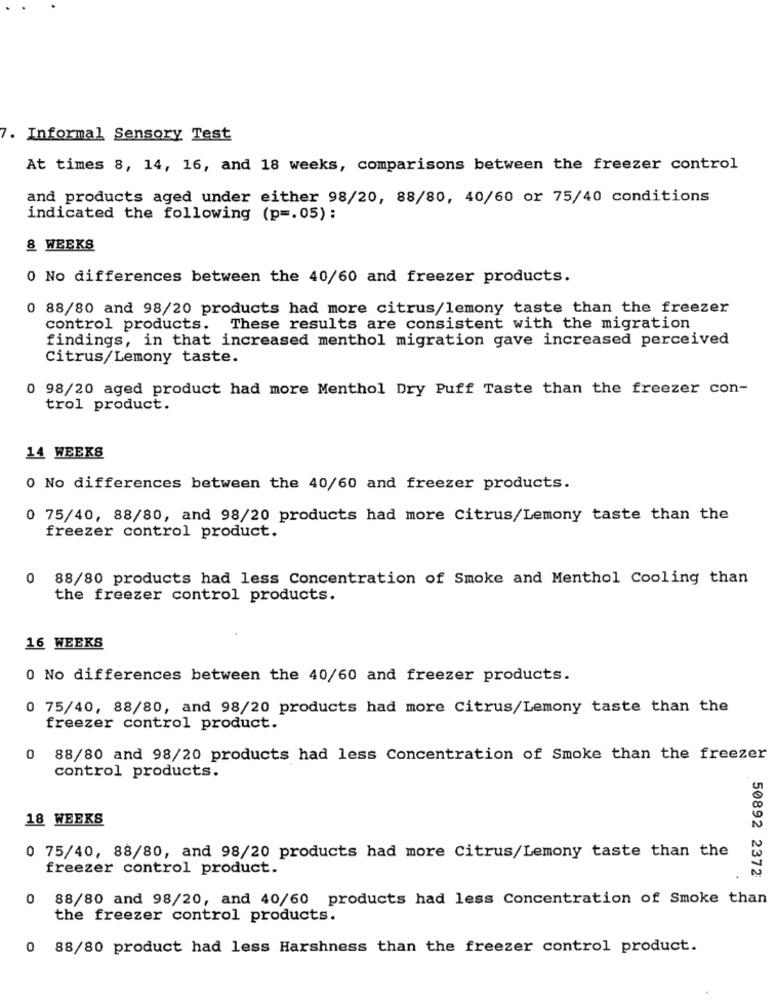
. Informal Sensory Test
At times 8, 14, 16, and 18 weeks, comparisons between the freezer control
and products aged under either 98/20, 88/80, 40/60 or 75/40 conditions
indicated the following (p =. 05):
8 WEEKS
0 No differences between the 40/60 and freezer products.
0 88/80 and 98/20 products had more citrus/lemony taste than the freezer
control products. These results are consistent with the migration
findings, in that increased menthol migration gave increased perceived
Citrus/Lemony taste.
0 98/20 aged product had more Menthol Dry Puff Taste than the freezer con-
trol product.
14 WEEKS
0 No differences between the 40/60 and freezer products.
0 75/40, 88/80, and 98/20 products had more Citrus/Lemony taste than the
freezer control product.
0 88/80 products had less Concentration of Smoke and Menthol Cooling than
the freezer control products.
16 WEEKS
0 No differences between the 40/60 and freezer products.
0 75/40, 88/80, and 98/20 products had more Citrus/Lemony taste than the
freezer control product.
0 88/80 and 98/20 products had less Concentration of Smoke than the freezer
control products.
18 WEEKS
0 75/40, 88/80, and 98/20 products had more Citrus/Lemony taste than the
freezer control product.
50892 2372
0 88/80 and 98/20, and 40/60 products had less Concentration of Smoke than
the freezer control products.
0 88/80 product had less Harshness than the freezer control product.